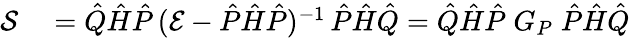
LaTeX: \begin{array}{rl}{\mathcal{S}}&{{}=\hat{Q}\hat{H}\hat{P}\, (\mathcal{E}-\hat{P}\hat{H}\hat{P})^{-1}\, \hat{P}\hat{H}\hat{Q}=\hat{Q}\hat{H}\hat{P}\; G_{P}\; \hat{P}\hat{H}\hat{Q}}\end{array}